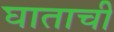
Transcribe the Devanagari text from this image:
घाताची